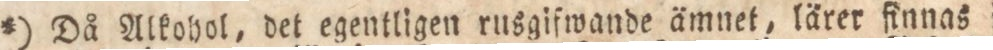
*) Då Alkohol, det egentligen rusgifwande ämnet, lärer finnas i